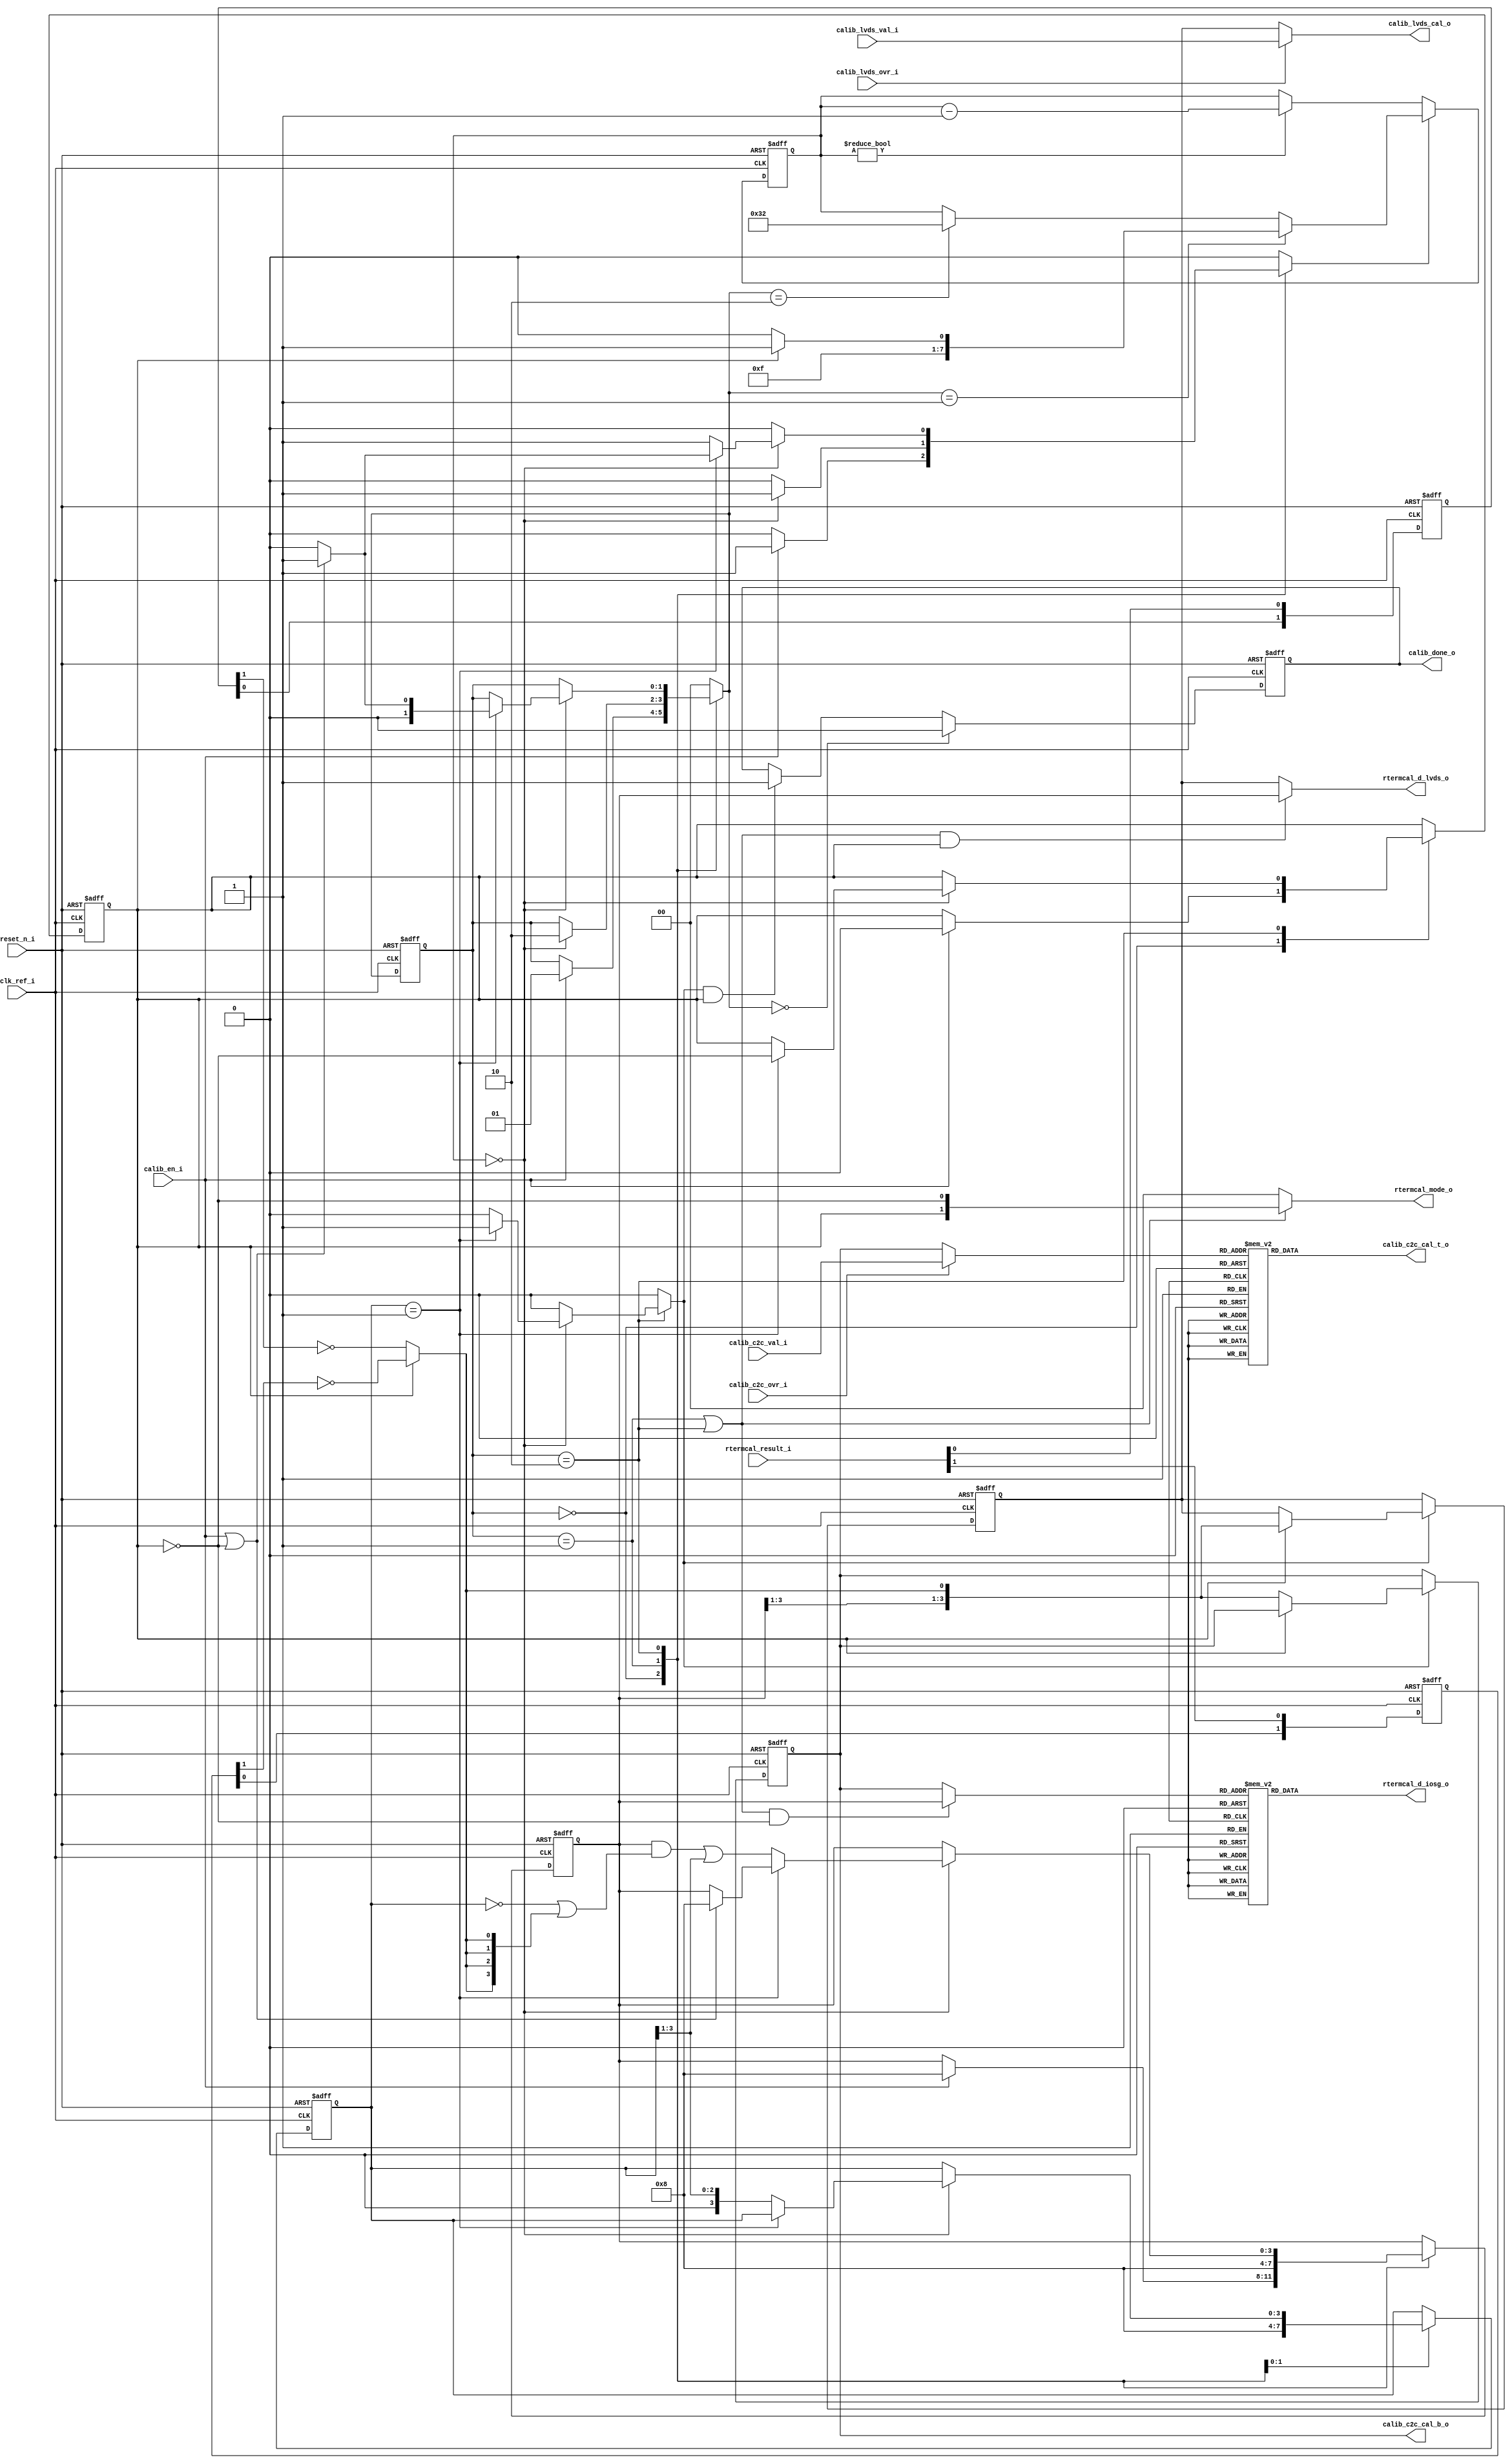
// Company          :   Racyics GmbH
// Author           :   
// E/Mail           :   
//
// Project Name     :   p_ri
// Subproject Name  :   s_libio_gf22fdsoi
// Description      :   Termination Resistor Calibration
//                      for RIIO_EG1D80V_RTERMCAL_V/H
// Last Change      :   
// by               :   
//------------------------------------------------------------
// Version   |  Author    |  Date         |  Comment
// -----------------------------------------------------------
// 1.1       | schreiter  | 03 Feb 2018   |  checked version
// -----------------------------------------------------------
//
//------------------------------------------------------------
module rterm_calib (
		    clk_ref_i,
		    reset_n_i,

		    calib_en_i,
		    calib_done_o,

		    calib_lvds_ovr_i,
		    calib_lvds_val_i,
		    calib_lvds_cal_o,

		    calib_c2c_ovr_i,
		    calib_c2c_val_i,
		    calib_c2c_cal_b_o,
		    calib_c2c_cal_t_o,

		    rtermcal_result_i,
		    rtermcal_d_iosg_o,
		    rtermcal_d_lvds_o,
		    rtermcal_mode_o
		    );
   
   //====== IOs ==========================================================
   // synchronous interface to reg file.
   // static control vectors for instances of C2C/SG-IO cells and HS-LVDS cells.
   input          clk_ref_i;		// reg file clock
   input 	  reset_n_i;
   
   // from/to regfile (RF) and to IO cell instances (I) using the calibration value
   input 	  calib_en_i;        // <-RF enable calibration, continuous tracking
   output 	  calib_done_o;	     // ->RF calibration done
   
   input 	  calib_lvds_ovr_i;  // <-RF enable override for hs-lvds termination trimming
   input [3:0] 	  calib_lvds_val_i;  // <-RF override value for hs-lvds termination, binary coded
   output [3:0]   calib_lvds_cal_o;  // ->RF, ->I final value for hs-lvds termination, binary coded

   input 	  calib_c2c_ovr_i;   // <-RF enable override for C2C termination trimming
   input [3:0] 	  calib_c2c_val_i;   // <-RF override value for C2C termination, binary coded
   output [3:0]   calib_c2c_cal_b_o; // ->RF calibration value for C2C termination, reg-file read-back, binary coded
                                     // ATTENTION: NOT TO INSTANCES -> NO OVERRIDE
   output [15:1]  calib_c2c_cal_t_o; // ->I  calibration value for C2C termination, instances, thermometer coded
   reg [15:1] 	  calib_c2c_cal_t_o;
   
   
   // from/to RTEMCAL custom macro (RIIO_EG1D80V_RTERMCAL_V/H)
   // asynchronous interface to RIIO_EG1D80V_RTERMCAL_V/H instance
   input [1:0] 	  rtermcal_result_i; // ==1'b0 decrement / ==1'b1 increment code
   output [15:1]  rtermcal_d_iosg_o; // C2C (SG-IO) current calibration value, thermometer coded
   reg [15:1] 	  rtermcal_d_iosg_o;
   output [3:0]   rtermcal_d_lvds_o; // HS-LVDS current calibration value, binary coded
   reg [3:0] 	  rtermcal_d_lvds_o;
   output [1:0]   rtermcal_mode_o;   // [0]: sgio trimming mode enable, precedence over [1]: lvds trimming mode enable
   reg [1:0] 	  rtermcal_mode_o;
   
   
   
   //====== Parameter ====================================================
   localparam S_RESET  = 2'd0;
   localparam S_WAIT   = 2'd1;
   localparam S_SAR    = 2'd2;

   localparam P_WAIT_C2C  = 30;
   localparam P_WAIT_LVDS = 31;
   localparam P_SETTLE_C2C    = 50;
   localparam P_SETTLE_LVDS   = 50;
   
   //====== Internal Signals =============================================
   
   // FSM
   reg [1:0] 	  state_r;                            // current state
   reg [1:0] 	  state_nxt;                       // next state; combinational
   reg [3:0] 	  shift_r;                            // shift reg for SAR
   reg [3:0] 	  shift_nxt;		              // shift reg for SAR
   reg 		  trim_lvds_not_sgio_r;		      // 0: C2C/sgio, 1: HS-LVDS
   reg            trim_lvds_not_sgio_nxt;

   // stuff
   reg [1:0] 	  rtermcal_result_0_sync_r; // synchronizer for full custom comparator result 
   reg [1:0] 	  rtermcal_result_1_sync_r; // synchronizer for full custom comparator result 
   reg [7:0] 	  counter_r;			      // counter for wait loops.
   reg            counter_set;
   reg 		  sar_complete_s;
   wire           sar_comparator_s;
   reg 		  calib_done_r;	     // ->RF calibration done

   // calibration
   reg [3:0] 	  val_r;   // current calibration value, SAR data register
   reg [3:0] 	  val_nxt;
   
   reg [3:0] 	  cal_c2c_r;		// calibration result register for C2C/SG-IO trimming
   reg [3:0] 	  cal_lvds_r;		// calibration result register for HS-LVDS trimming
   
   wire [3:0] 	  cal_c2c_s;		// calibration result for C2C/SG-IO trimming
   wire [3:0] 	  cal_lvds_s;		// calibration result for HS-LVDS trimming

   reg [3:0] 	  val_c2c_s;		// calibration value for C2C/SG-IO trimming
   
   //====== Synchronizer =================================================
   always@(posedge clk_ref_i or negedge reset_n_i) begin
      if(reset_n_i == 1'b0) begin
	 rtermcal_result_0_sync_r <= 2'b0;
	 rtermcal_result_1_sync_r <= 2'b0;
      end
      else begin
	 rtermcal_result_0_sync_r <= {rtermcal_result_0_sync_r[0], rtermcal_result_i[0]};
	 rtermcal_result_1_sync_r <= {rtermcal_result_1_sync_r[0], rtermcal_result_i[1]};
      end
   end

   // comparator selection mux
   assign sar_comparator_s = trim_lvds_not_sgio_r==1'b1 ? ~rtermcal_result_1_sync_r[1] : ~rtermcal_result_0_sync_r[1];

   //====== FSM & SAR regs ===============================================
   always@(posedge clk_ref_i or negedge reset_n_i) begin
      if(reset_n_i == 1'b0) begin
	 state_r              <= S_RESET;
	 shift_r              <= 4'b0;
	 val_r                <= 4'b0;
	 trim_lvds_not_sgio_r <= 1'b0;
      end
      else begin
	 state_r              <= state_nxt;
	 shift_r              <= shift_nxt;
	 val_r                <= val_nxt;
	 trim_lvds_not_sgio_r <= trim_lvds_not_sgio_nxt;	 
      end
   end
   
   always@(state_r or shift_r or val_r or trim_lvds_not_sgio_r or calib_en_i or counter_r or sar_comparator_s) begin
      state_nxt = state_r;
      shift_nxt = shift_r;
      trim_lvds_not_sgio_nxt = trim_lvds_not_sgio_r;
      counter_set = 1'b0;
      sar_complete_s = 1'b0;
      val_nxt = val_r;

      case(state_r)
	S_RESET : if(calib_en_i == 1'b1) begin
	   state_nxt = S_WAIT;
	   counter_set = 1'b1;
	   trim_lvds_not_sgio_nxt = 1'b0;
	   val_nxt = 4'b1000;
        end

	S_WAIT : begin
	   if( counter_r == 8'b0) begin
	      state_nxt = S_SAR;
	      counter_set = 1'b1;
	   end
	   shift_nxt = 4'b1000;
	   val_nxt = 4'b1000;
	end
	
	S_SAR : if( counter_r == 8'b0) begin // Settling time done
	   counter_set = 1'b1;
	   if( shift_r == 4'b0001) begin // SAR complete
	      sar_complete_s = 1'b1;
	      trim_lvds_not_sgio_nxt = ~trim_lvds_not_sgio_r;
	      if( calib_en_i==1'b1 || trim_lvds_not_sgio_r==1'b0) begin
		 val_nxt = 4'b1000;
		 state_nxt = S_WAIT;
	      end
	      else begin
		 state_nxt = S_RESET;
		 counter_set = 1'b0;
	      end
	   end
	   else begin
	      shift_nxt = {1'b0, shift_r[3:1]};
	      val_nxt = (val_r & (~shift_r | {4{sar_comparator_s}})) | shift_nxt;
	   end
	end // if ( counter_r == 8'b0)

	default : state_nxt = S_RESET;
      endcase
   end

   //====== TIMER / COUNTER
   always @(posedge clk_ref_i or negedge reset_n_i) begin
      if( reset_n_i==1'b0) begin
	 counter_r <= 8'b0;
      end
      else begin
	 if( counter_set==1'b1)begin
	    if( state_nxt==S_WAIT) begin
	       counter_r <= trim_lvds_not_sgio_r==1'b0 ? P_WAIT_C2C : P_WAIT_LVDS;
	    end
	    else if( state_nxt==S_SAR) begin
	       counter_r <= trim_lvds_not_sgio_r==1'b0 ? P_SETTLE_C2C : P_SETTLE_LVDS;
	    end
	 end
	 else if( counter_r!=8'b0) begin
	    counter_r <= counter_r - 8'd1;
	 end
      end // else: !if( reset_n_i==1'b0)
   end // always @ (posedge clk_ref_i or negedge reset_n_i)
   

   // ======= CALIBRATION RESULT REGISTERS
   always@(posedge clk_ref_i or negedge reset_n_i) begin
      if(reset_n_i == 1'b0) begin
	 cal_c2c_r <= 4'b1000;
	 cal_lvds_r <= 4'b1000;
      end
      else begin
	 if( sar_complete_s==1'b1) begin
	    if( trim_lvds_not_sgio_r==1'b0) begin
	       cal_c2c_r <= {val_r[3:1], sar_comparator_s};
	    end
	    else begin
	       cal_lvds_r <= {val_r[3:1], sar_comparator_s};
	    end
	 end
      end // else: !if(reset_n_i == 1'b0)
   end // always@ (posedge clk_ref_i or negedge reset_n_i)

   assign cal_c2c_s  = calib_c2c_ovr_i ==1'b1 ? calib_c2c_val_i : cal_c2c_r;
   assign cal_lvds_s = calib_lvds_ovr_i==1'b1 ? calib_lvds_val_i : cal_lvds_r;

   // completion flag
   always @(posedge clk_ref_i or negedge reset_n_i) begin
      if( reset_n_i == 1'b0) begin
	 calib_done_r <= 1'b0;
      end
      else begin
	 if( state_nxt == S_RESET)
	   calib_done_r <= 1'b0;
	 else if( sar_complete_s==1'b1 && trim_lvds_not_sgio_r==1'b1)
	   calib_done_r <= 1'b1;
      end
   end // always @ (posedge clk_ref_i or negedge reset_n_i)
   

   
   //====== set outputs  =================================================

   assign calib_done_o = calib_done_r;
   assign calib_lvds_cal_o = cal_lvds_s;
   assign calib_c2c_cal_b_o = cal_c2c_r;
   
   always@(cal_c2c_s) begin
      case(cal_c2c_s)
	4'b0000 : calib_c2c_cal_t_o = 15'h0000;
	4'b0001 : calib_c2c_cal_t_o = 15'h0001;
	4'b0010 : calib_c2c_cal_t_o = 15'h0003;
	4'b0011 : calib_c2c_cal_t_o = 15'h0007;
	4'b0100 : calib_c2c_cal_t_o = 15'h000F;
	4'b0101 : calib_c2c_cal_t_o = 15'h001F;
	4'b0110 : calib_c2c_cal_t_o = 15'h003F;
	4'b0111 : calib_c2c_cal_t_o = 15'h007F;
	4'b1000 : calib_c2c_cal_t_o = 15'h00FF;
	4'b1001 : calib_c2c_cal_t_o = 15'h01FF;
	4'b1010 : calib_c2c_cal_t_o = 15'h03FF;
	4'b1011 : calib_c2c_cal_t_o = 15'h07FF;
	4'b1100 : calib_c2c_cal_t_o = 15'h0FFF;
	4'b1101 : calib_c2c_cal_t_o = 15'h1FFF;
	4'b1110 : calib_c2c_cal_t_o = 15'h3FFF;
	default : calib_c2c_cal_t_o = 15'h7FFF;
      endcase
   end // always@ (cal_c2c_s)
   
   always @(state_r or trim_lvds_not_sgio_r or val_r or cal_c2c_r) begin
      if( (state_r==S_WAIT || state_r==S_SAR) && trim_lvds_not_sgio_r==1'b0)
	val_c2c_s = val_r;
      else
	val_c2c_s = cal_c2c_r;
   end
   always@(val_c2c_s) begin
      case(val_c2c_s)
	4'b0000 : rtermcal_d_iosg_o = 15'h0000;
	4'b0001 : rtermcal_d_iosg_o = 15'h0001;
	4'b0010 : rtermcal_d_iosg_o = 15'h0003;
	4'b0011 : rtermcal_d_iosg_o = 15'h0007;
	4'b0100 : rtermcal_d_iosg_o = 15'h000F;
	4'b0101 : rtermcal_d_iosg_o = 15'h001F;
	4'b0110 : rtermcal_d_iosg_o = 15'h003F;
	4'b0111 : rtermcal_d_iosg_o = 15'h007F;
	4'b1000 : rtermcal_d_iosg_o = 15'h00FF;
	4'b1001 : rtermcal_d_iosg_o = 15'h01FF;
	4'b1010 : rtermcal_d_iosg_o = 15'h03FF;
	4'b1011 : rtermcal_d_iosg_o = 15'h07FF;
	4'b1100 : rtermcal_d_iosg_o = 15'h0FFF;
	4'b1101 : rtermcal_d_iosg_o = 15'h1FFF;
	4'b1110 : rtermcal_d_iosg_o = 15'h3FFF;
	default : rtermcal_d_iosg_o = 15'h7FFF;
      endcase
   end // always@ (val_c2c_s)
   
   always @(state_r or trim_lvds_not_sgio_r or val_r or cal_lvds_r) begin
      if( (state_r==S_WAIT || state_r==S_SAR) && trim_lvds_not_sgio_r==1'b1)
	rtermcal_d_lvds_o = val_r;
      else
	rtermcal_d_lvds_o = cal_lvds_r;
   end
   
   always @(state_r or trim_lvds_not_sgio_r) begin
      if( state_r==S_WAIT || state_r==S_SAR)
	rtermcal_mode_o = {trim_lvds_not_sgio_r, ~trim_lvds_not_sgio_r};
      else
	rtermcal_mode_o = 2'b0;
   end
	
endmodule